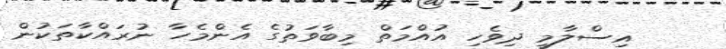
އިސްލާމީ ދިވެހި އުއްމަތް މިބާވަތުގެ އެންމެހާ ނުރައްކާތަކުން